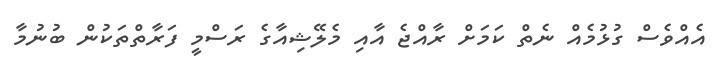
އެއްވެސް ގުޅުމެއް ނެތް ކަމަށް ރާއްޖެ އާއި މެލޭޝިއާގެ ރަސްމީ ފަރާތްތަކުން ބުނުމާ